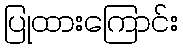
ပြုထားကြောင်း